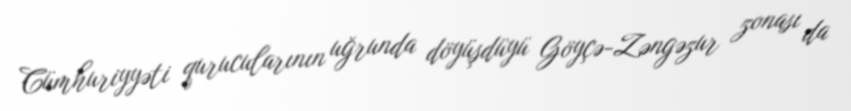
Cümhuriyyəti qurucularının uğrunda döyüşdüyü Göyçə-Zəngəzur zonası da